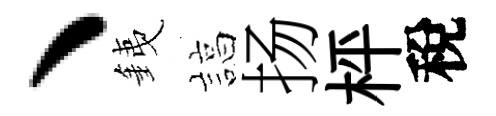
、銕諄扬枰稅